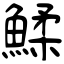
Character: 鰇